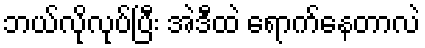
ဘယ်လိုလုပ်ပြီး အဲဒီထဲ ရောက်နေတာလဲ